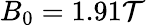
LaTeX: B_{0}=1.91\mathcal{T}